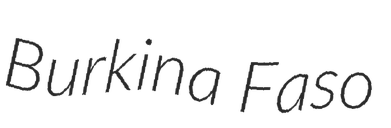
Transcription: Burkina Faso